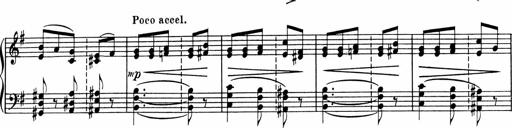
Title: Sonatine pour piano
Composer: Albert Roussel